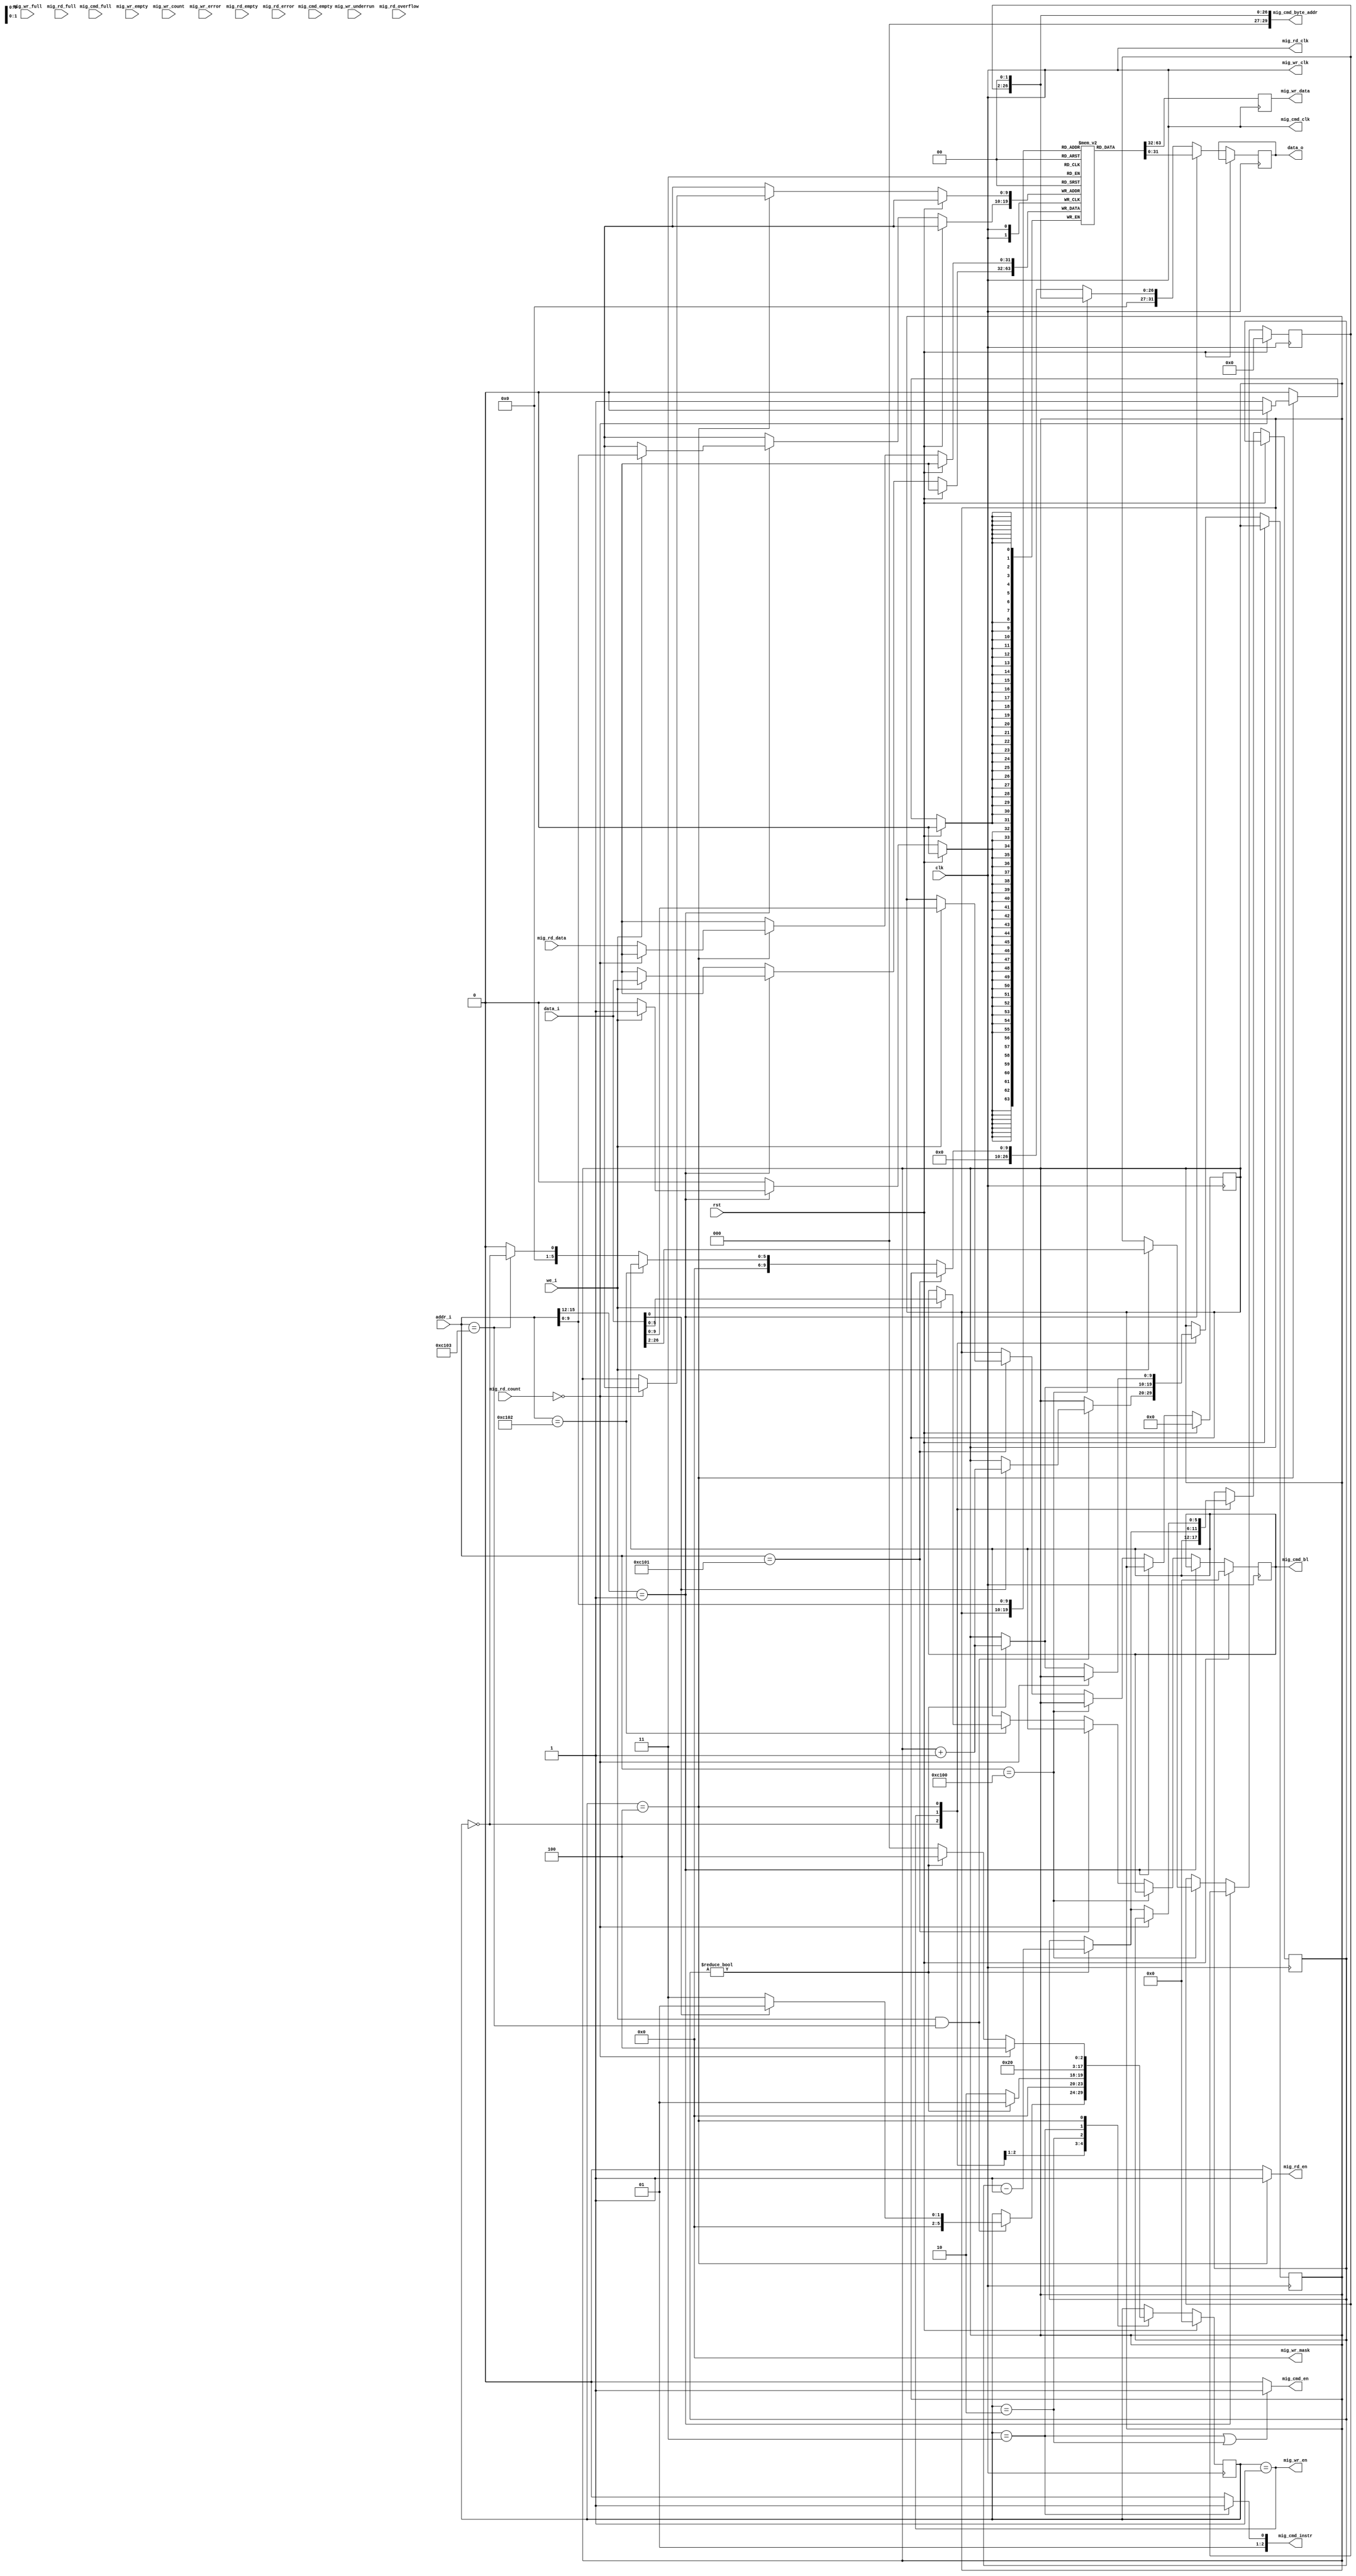
module nkmd_ddr3_mig_if(
    input wire clk,
    input wire rst,

    // MIG interface
    output wire mig_cmd_clk,
    output wire mig_cmd_en,
    output wire [2:0] mig_cmd_instr,
    output wire [5:0] mig_cmd_bl,
    output wire [29:0] mig_cmd_byte_addr,
    input wire mig_cmd_empty,
    input wire mig_cmd_full,
    output wire mig_wr_clk,
    output wire mig_wr_en,
    output wire [3:0] mig_wr_mask,
    output wire [31:0] mig_wr_data,
    input wire mig_wr_full,
    input wire mig_wr_empty,
    input wire [6:0] mig_wr_count,
    input wire mig_wr_underrun,
    input wire mig_wr_error,
    output wire mig_rd_clk,
    output wire mig_rd_en,
    input wire [31:0] mig_rd_data,
    input wire mig_rd_full,
    input wire mig_rd_empty,
    input wire [6:0] mig_rd_count,
    input wire mig_rd_overflow,
    input wire mig_rd_error,

    // To nkmm bus
    input wire [31:0] data_i,
    output wire [31:0] data_o,
    input wire [15:0] addr_i,
    input wire we_i);

localparam SPAD_OFFSET = 4'h1;

reg [31:0] spad [1023:0];

wire [9:0] offset_i;
assign offset_i = addr_i[9:0];

reg [24:0] dma_dram_word_addr_ff;
reg [9:0] dma_spad_addr_ff;
reg [5:0] dma_burst_len_ff;
wire dma_complete;

reg [31:0] out_ff;
always @(posedge clk) begin
    if (rst) begin
        dma_dram_word_addr_ff <= 25'h0000;
        dma_spad_addr_ff <= 10'h000;
        dma_burst_len_ff <= 6'h00;
    end else begin
        if (addr_i[15:12] == SPAD_OFFSET) begin
            if (we_i)
                spad[offset_i] <= data_i;

            out_ff <= spad[offset_i];
        end else if (addr_i == 16'hc100) begin
            if (we_i)
                dma_dram_word_addr_ff <= data_i[26:2];

            out_ff <= {5'b00000, dma_dram_word_addr_ff, 2'b00};
        end else if (addr_i == 16'hc101) begin
            if (we_i)
                dma_spad_addr_ff <= data_i[9:0];

            out_ff <= {12'b0, dma_spad_addr_ff};
        end else if (addr_i == 16'hc102) begin
            if (we_i)
                dma_burst_len_ff <= data_i[5:0];

            out_ff <= {26'b0, dma_burst_len_ff};
        end else if (addr_i == 16'hc103) begin
            out_ff <= {31'b0, dma_complete};
        end else begin
            out_ff <= 32'h0;
        end
    end
end
assign data_o = out_ff;

reg [5:0] dma_state_ff;
localparam ST_INIT = 0;
localparam ST_FILL_WRBUF = 1;
localparam ST_EMIT_WR_CMD = 2;
localparam ST_EMIT_RD_CMD = 3;
localparam ST_WAIT_RD_DATA = 4;

reg [5:0] dma_burst_left_ff;
always @(posedge clk) begin
    if (rst) begin
        dma_state_ff <= ST_INIT;
    end else begin
        case (dma_state_ff)
            ST_INIT: begin
                dma_burst_left_ff <= dma_burst_len_ff;
                if (we_i && addr_i == 16'hc103) begin
                    if (data_i[0] == 1'b1) begin
                        dma_spad_addr_ff <= dma_spad_addr_ff + 1;
                        dma_state_ff <= ST_FILL_WRBUF;
                    end else begin
                        dma_state_ff <= ST_EMIT_RD_CMD;
                    end
                end
            end
            ST_FILL_WRBUF: begin
                if (dma_burst_left_ff != 6'h00) begin
                    dma_spad_addr_ff <= dma_spad_addr_ff + 1;
                    dma_burst_left_ff <= dma_burst_left_ff - 1;
                    dma_state_ff <= ST_FILL_WRBUF;
                end else begin
                    dma_state_ff <= ST_EMIT_WR_CMD;
                end
            end
            ST_EMIT_WR_CMD: begin
                dma_state_ff <= ST_INIT;
            end
            ST_EMIT_RD_CMD: begin
                dma_state_ff <= ST_WAIT_RD_DATA;
            end
            ST_WAIT_RD_DATA: begin
                if (mig_rd_count == 6'h00) begin // FIXME: mig_rd_empty?
                    dma_state_ff <= ST_WAIT_RD_DATA;
                end else begin
                    spad[dma_spad_addr_ff] <= mig_rd_data;
                    if (dma_burst_left_ff != 6'h00) begin
                        dma_spad_addr_ff <= dma_spad_addr_ff + 1;
                        dma_burst_left_ff <= dma_burst_left_ff - 1;
                        dma_state_ff <= ST_WAIT_RD_DATA;
                    end else begin
                        dma_state_ff <= ST_INIT;
                    end
                end
            end
        endcase
    end
end
assign dma_complete = dma_state_ff == ST_INIT;

assign mig_cmd_clk = clk;
assign mig_cmd_en = (dma_state_ff == ST_EMIT_RD_CMD || dma_state_ff == ST_EMIT_WR_CMD) ? 1'b1 : 1'b0;
assign mig_cmd_instr = (dma_state_ff == ST_EMIT_RD_CMD) ? 3'b011 : 3'b010;
assign mig_cmd_bl = dma_burst_len_ff;
assign mig_cmd_byte_addr[29:0] = {3'b000, dma_dram_word_addr_ff, 2'b00};
// FIXME: wait until mig_cmd_empty or !mig_cmd_full?

assign mig_wr_clk = clk;
assign mig_wr_en = (dma_state_ff == ST_FILL_WRBUF);
assign mig_wr_mask = 4'b0000;
reg [31:0] mig_wr_data_ff;
always @(posedge clk)
    mig_wr_data_ff <= spad[dma_spad_addr_ff];
assign mig_wr_data = mig_wr_data_ff;
// mig_wr_full, mig_wr_empty, mig_wr_count, mig_wr_underrun, mig_wr_error

assign mig_rd_clk = clk;
assign mig_rd_en = (dma_state_ff == ST_WAIT_RD_DATA) ? 1'b1 : 1'b0;
// mig_rd_full, mig_rd_empty, mig_rd_overflow, mig_rd_error

endmodule